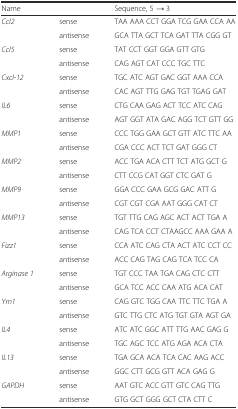
<table><thead><tr><td><b>Name</b></td><td>[EMPTY_CELL]</td><td><b>Sequence, 5′ → 3′</b></td></tr></thead><tbody><tr><td><i>Ccl2</i></td><td>sense</td><td>TAA AAA CCT GGA TCG GAA CCA AA</td></tr><tr><td>[EMPTY_CELL]</td><td>antisense</td><td>GCA TTA GCT TCA GAT TTA CGG GT</td></tr><tr><td><i>Ccl5</i></td><td>sense</td><td>TAT CCT GGT GGA GTT GTG</td></tr><tr><td>[EMPTY_CELL]</td><td>antisense</td><td>CAG AGT CAT CCC TGC TTC</td></tr><tr><td><i>Cxcl-12</i></td><td>sense</td><td>TGC ATC AGT GAC GGT AAA CCA</td></tr><tr><td>[EMPTY_CELL]</td><td>antisense</td><td>CAC AGT TTG GAG TGT TGAG GAT</td></tr><tr><td><i>IL6</i></td><td>sense</td><td>CTG CAA GAG ACT TCC ATC CAG</td></tr><tr><td>[EMPTY_CELL]</td><td>antisense</td><td>AGT GGT ATA GAC AGG TCT GTT GG</td></tr><tr><td><i>MMP1</i></td><td>sense</td><td>CCC TGG GAA GCT GTT ATC TTC AA</td></tr><tr><td>[EMPTY_CELL]</td><td>antisense</td><td>CGA CCC ACT TCT GAT GGG CT</td></tr><tr><td><i>MMP2</i></td><td>sense</td><td>ACC TGA ACA CTT TCT ATG GCT G</td></tr><tr><td>[EMPTY_CELL]</td><td>antisense</td><td>CTT CCG CAT GGT CTC GAT G</td></tr><tr><td><i>MMP9</i></td><td>sense</td><td>GGA CCC GAA GCG GAC ATT G</td></tr><tr><td>[EMPTY_CELL]</td><td>antisense</td><td>CGT CGT CGA AAT GGG CAT CT</td></tr><tr><td><i>MMP13</i></td><td>sense</td><td>TGT TTG CAG AGC ACT ACT TGA A</td></tr><tr><td>[EMPTY_CELL]</td><td>antisense</td><td>CAG TCA CCT CTAAGCC AAA GAA A</td></tr><tr><td><i>Fizz1</i></td><td>sense</td><td>CCA ATC CAG CTA ACT ATC CCT CC</td></tr><tr><td>[EMPTY_CELL]</td><td>antisense</td><td>ACC CAG TAG CAG TCA TCC CA</td></tr><tr><td><i>Arginase 1</i></td><td>sense</td><td>TGT CCC TAA TGA CAG CTC CTT</td></tr><tr><td>[EMPTY_CELL]</td><td>antisense</td><td>GCA TCC ACC CAA ATG ACA CAT</td></tr><tr><td><i>Ym1</i></td><td>sense</td><td>CAG GTC TGG CAA TTC TTC TGA A</td></tr><tr><td>[EMPTY_CELL]</td><td>antisense</td><td>GTC TTG CTC ATG TGT GTA AGT GA</td></tr><tr><td><i>IL4</i></td><td>sense</td><td>ATC ATC GGC ATT TTG AAC GAG G</td></tr><tr><td>[EMPTY_CELL]</td><td>antisense</td><td>TGC AGC TCC ATG AGA ACA CTA</td></tr><tr><td><i>IL13</i></td><td>sense</td><td>TGA GCA ACA TCA CAC AAG ACC</td></tr><tr><td>[EMPTY_CELL]</td><td>antisense</td><td>GGC CTT GCG GTT ACA GAG G</td></tr><tr><td><i>GAPDH</i></td><td>sense</td><td>AAT GTC ACC GTT GTC CAG TTG</td></tr><tr><td>[EMPTY_CELL]</td><td>antisense</td><td>GTG GCT GGG GCT CTA CTT C</td></tr></tbody></table>